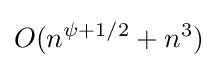
O(n^{\psi +1/2}+n^{3})